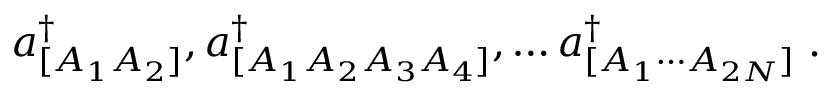
a _ { [ A _ { 1 } A _ { 2 } ] } ^ { \dagger } , a _ { [ A _ { 1 } A _ { 2 } A _ { 3 } A _ { 4 } ] } ^ { \dagger } , \dots a _ { [ A _ { 1 } \cdots A _ { 2 N } ] } ^ { \dagger } \; .